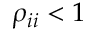
\rho _ { i i } < 1